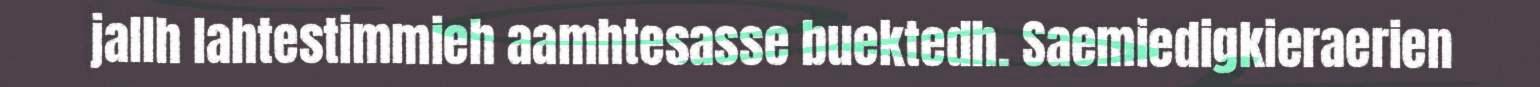
jallh lahtestimmieh aamhtesasse buektedh. Saemiedigkieraerien